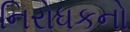
નિરોધકનો